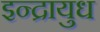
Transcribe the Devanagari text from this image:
इन्द्रायुध